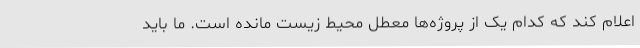
اعلام کند که کدام یک از پروژه‌ها معطل محیط زیست مانده است. ما باید